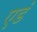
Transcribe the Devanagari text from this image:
एडं